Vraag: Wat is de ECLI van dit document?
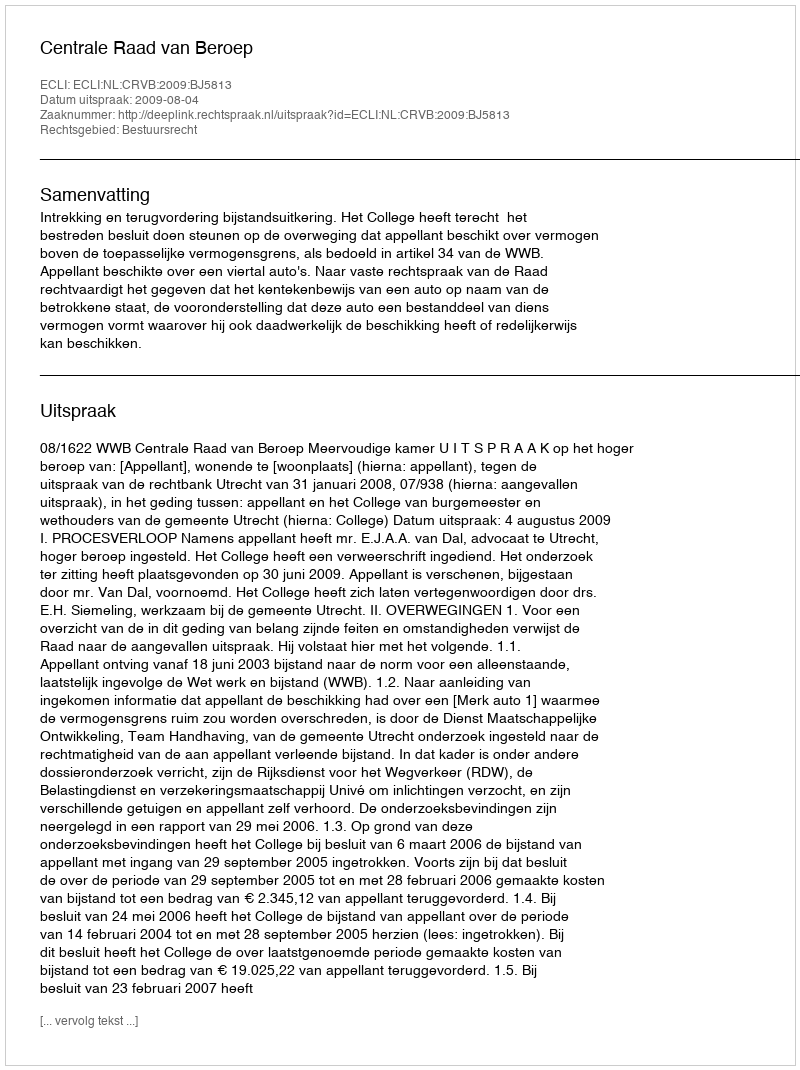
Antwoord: ECLI:NL:CRVB:2009:BJ5813